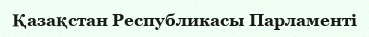
Қазақстан Республикасы Парламенті